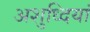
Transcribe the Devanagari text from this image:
अशुध्दियां